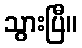
သွားပြီ။